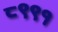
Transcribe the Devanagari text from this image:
८९९१